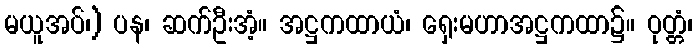
မယူအပ်၊) ပန၊ ဆက်ဦးအံ့။ အဋ္ဌကထာယံ၊ ရှေးမဟာအဋ္ဌကထာ၌။ ဝုတ္တံ၊